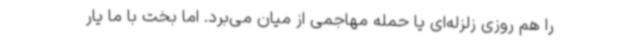
را هم روزی زلزله‌ای یا حمله مهاجمی از میان می‌برد. اما بخت با ما یار